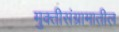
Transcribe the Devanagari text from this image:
मुक्तीसंग्रामातील